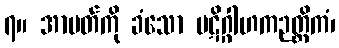
၇။ အာပတ်ကို ခံသော ပဋိဂ္ဂါဟကဉတ္တိကံ၊